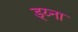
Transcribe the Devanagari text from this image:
ड्य्ना